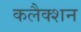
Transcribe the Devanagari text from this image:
कलैक्शन